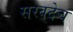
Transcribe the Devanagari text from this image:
सरवदेच